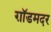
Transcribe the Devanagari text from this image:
ग़ॉडमदर